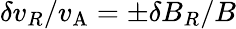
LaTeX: \delta{v_{R}}/v_{\mathrm{A}}=\pm\delta{B_{R}}/B